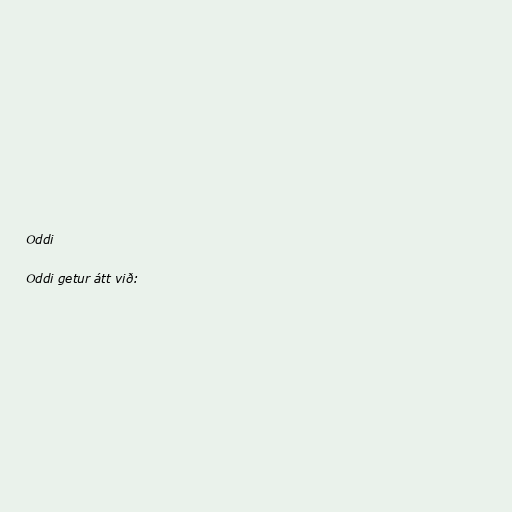
Oddi

Oddi getur átt við: